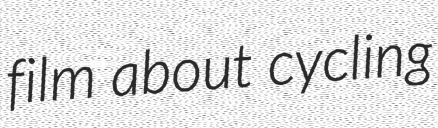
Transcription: film about cycling